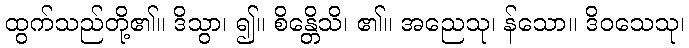
ထွက်သည်တို့၏။ ဒိသွာ၊ ၍။ စိန္တေိသိ၊ ၏။ အညေသု၊ န်သော။ ဒိဝသေသု၊